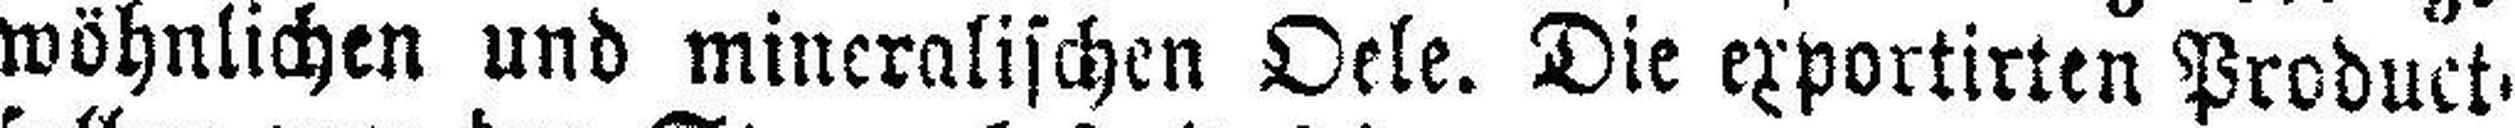
wöhnlichen und mineralischen Oele. Die exportirten Product¬